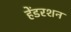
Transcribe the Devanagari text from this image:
हेंडरशन